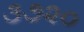
૩૭૨૦